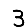
Digit: 3